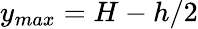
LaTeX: y_{max}={H-h}/{2}